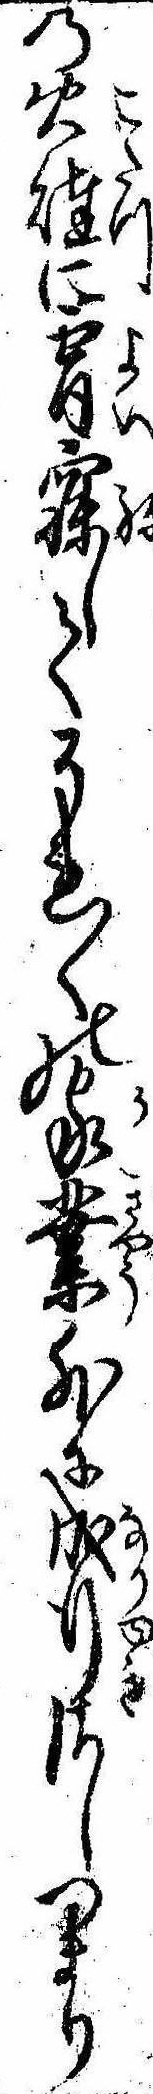
の火燵に宵寐してそれ〱の家業外に成行さしつまり